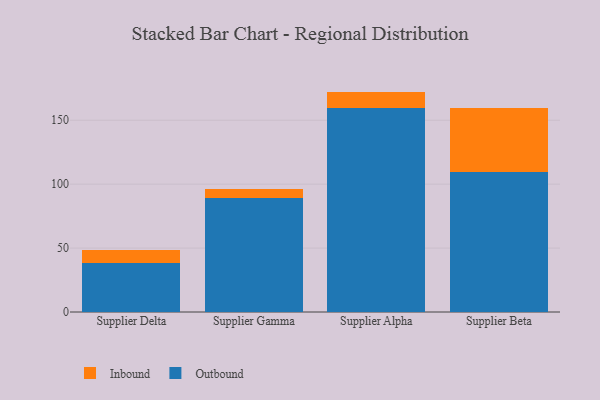
{"axis": {"x": "Supplier", "y": "LTV (USD)"}, "legend": ["Inbound", "Outbound"], "data": [{"x": "Supplier Delta", "y": 38.3, "type": "Outbound"}, {"x": "Supplier Delta", "y": 10.2, "type": "Inbound"}, {"x": "Supplier Gamma", "y": 89.0, "type": "Outbound"}, {"x": "Supplier Gamma", "y": 7.1, "type": "Inbound"}, {"x": "Supplier Alpha", "y": 159.8, "type": "Outbound"}, {"x": "Supplier Alpha", "y": 12.6, "type": "Inbound"}, {"x": "Supplier Beta", "y": 109.4, "type": "Outbound"}, {"x": "Supplier Beta", "y": 50.4, "type": "Inbound"}]}